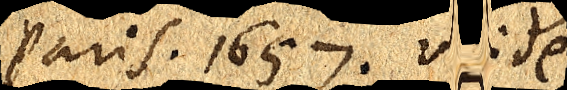
Paris. 1657. Vide